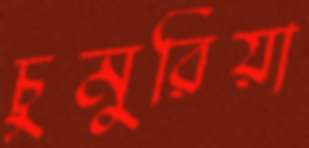
চুমুরিয়া